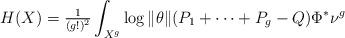
LaTeX: \begin{align*}H(X)&=\tfrac{1}{(g!)^{2}}\int_{X^{g}}\log\|\theta\|(P_{1}+\dots+P_{g}-Q)\Phi^{*}\nu^{g}\end{align*}